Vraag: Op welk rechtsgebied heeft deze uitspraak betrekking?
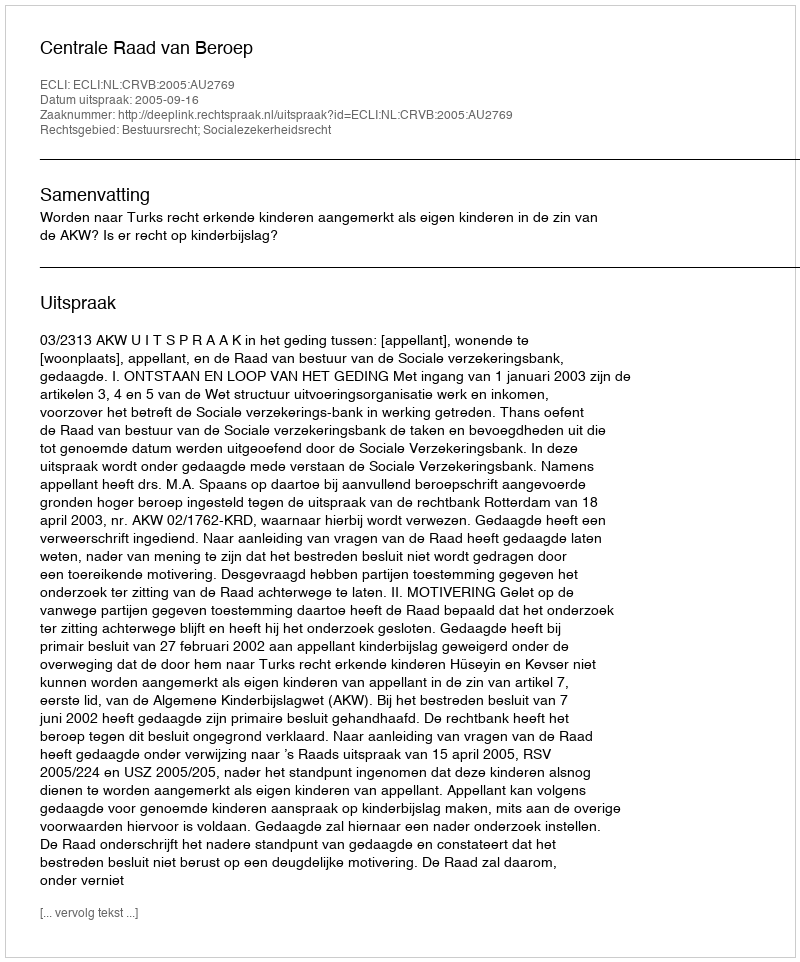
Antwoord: Bestuursrecht; Socialezekerheidsrecht